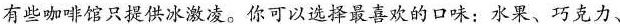
有些咖啡馆只提供冰激凌.你可以选择最喜欢的口味:水果、巧克力、